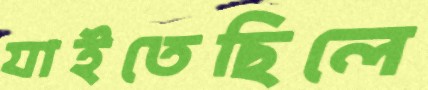
যাইতেছিলে